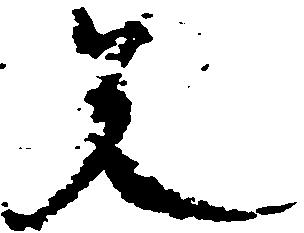
兄